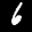
Label: 6